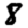
Digit: 8